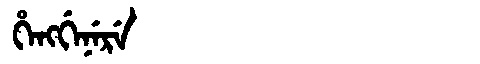
Manchu: ᡥᡝᠩᡤᡝᠨᡝᡵᡝ
Romanization: HENGGENERE